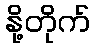
နို့တိုက်